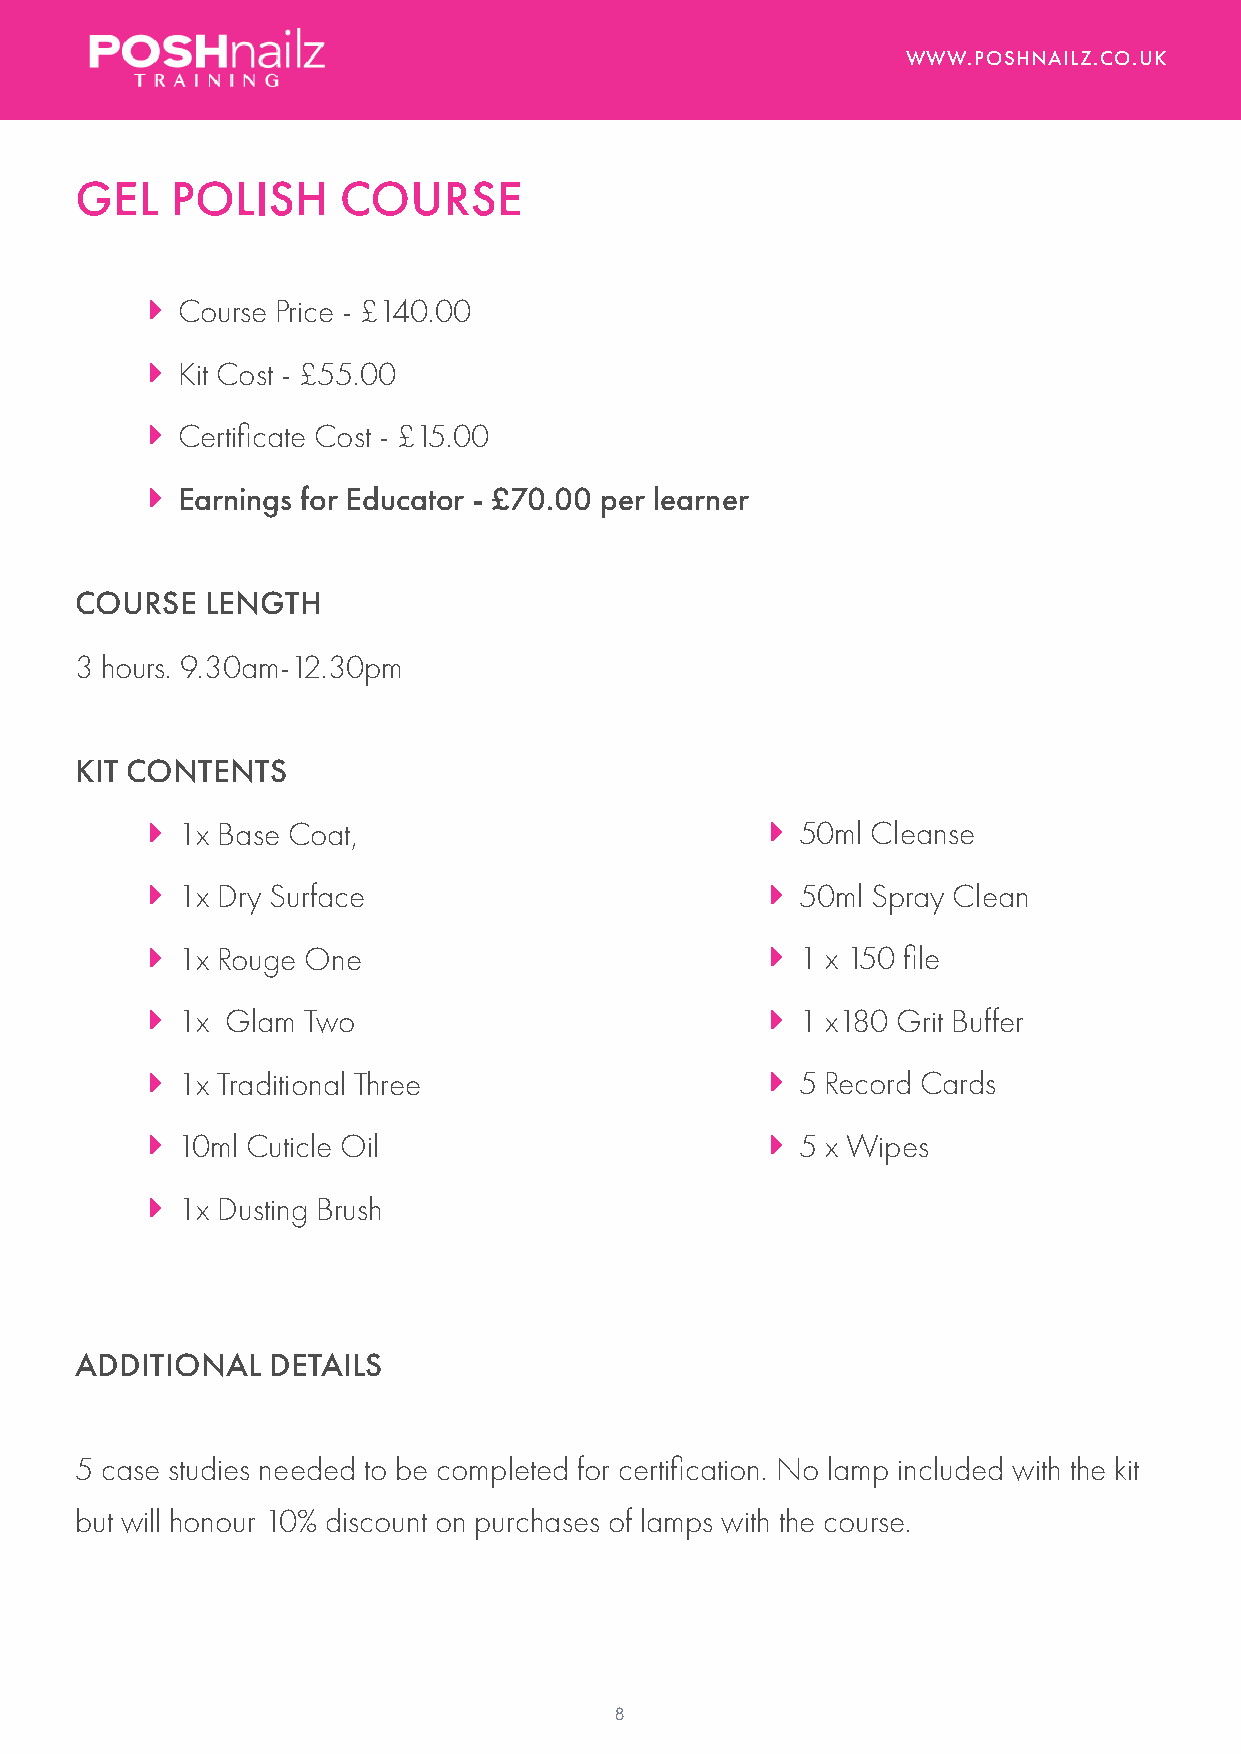
WWW.POSHNAILZ.CO.UK
 GEL   POLISH     COURSE
  Course Price - £140.00
  Kit Cost - £55.00
  Certificate Cost - £15.00
  Earnings for Educator - £70.00 per learner
 COURSE   LENGTH
 3 hours. 9.30am-12.30pm
 KIT CONTENTS
  1x Base Coat,                           50ml Cleanse
  1x Dry Surface                          50ml Spray Clean
  1x Rouge One                            1 x 150 file
  1x Glam Two                             1 x180 Grit Buffer
  1x Traditional Three                    5 Record Cards
  10ml Cuticle Oil                        5 x Wipes
  1x Dusting Brush
 ADDITIONAL   DETAILS
 5 case studies needed to be completed for certification. No lamp included with the kit
 but will honour 10% discount on purchases of lamps with the course.
 8